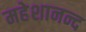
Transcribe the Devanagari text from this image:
महेशानन्द